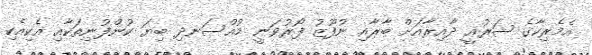
އެމެރިކާގެ ޝަރުޢީ ދާއިރާއަށް ބާރާއި ނުފޫޒު ފޯރުވަނީ މުއްސަނދި ބިޔަ ކުންފުނިތަކާއި އެކިއެކި